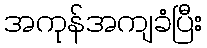
အကုန်အကျခံပြီး